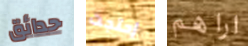
حدائق إحتجت اراهم